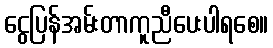
ငွေပြန်အမ်းတာကူညီပေးပါရစေ။